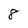
Character: 8